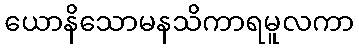
ယောနိသောမနသိကာရမူလကာ